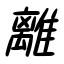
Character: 離